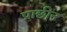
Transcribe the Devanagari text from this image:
प्राछीन